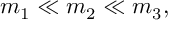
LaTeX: m _ { 1 } \ll m _ { 2 } \ll m _ { 3 } ,